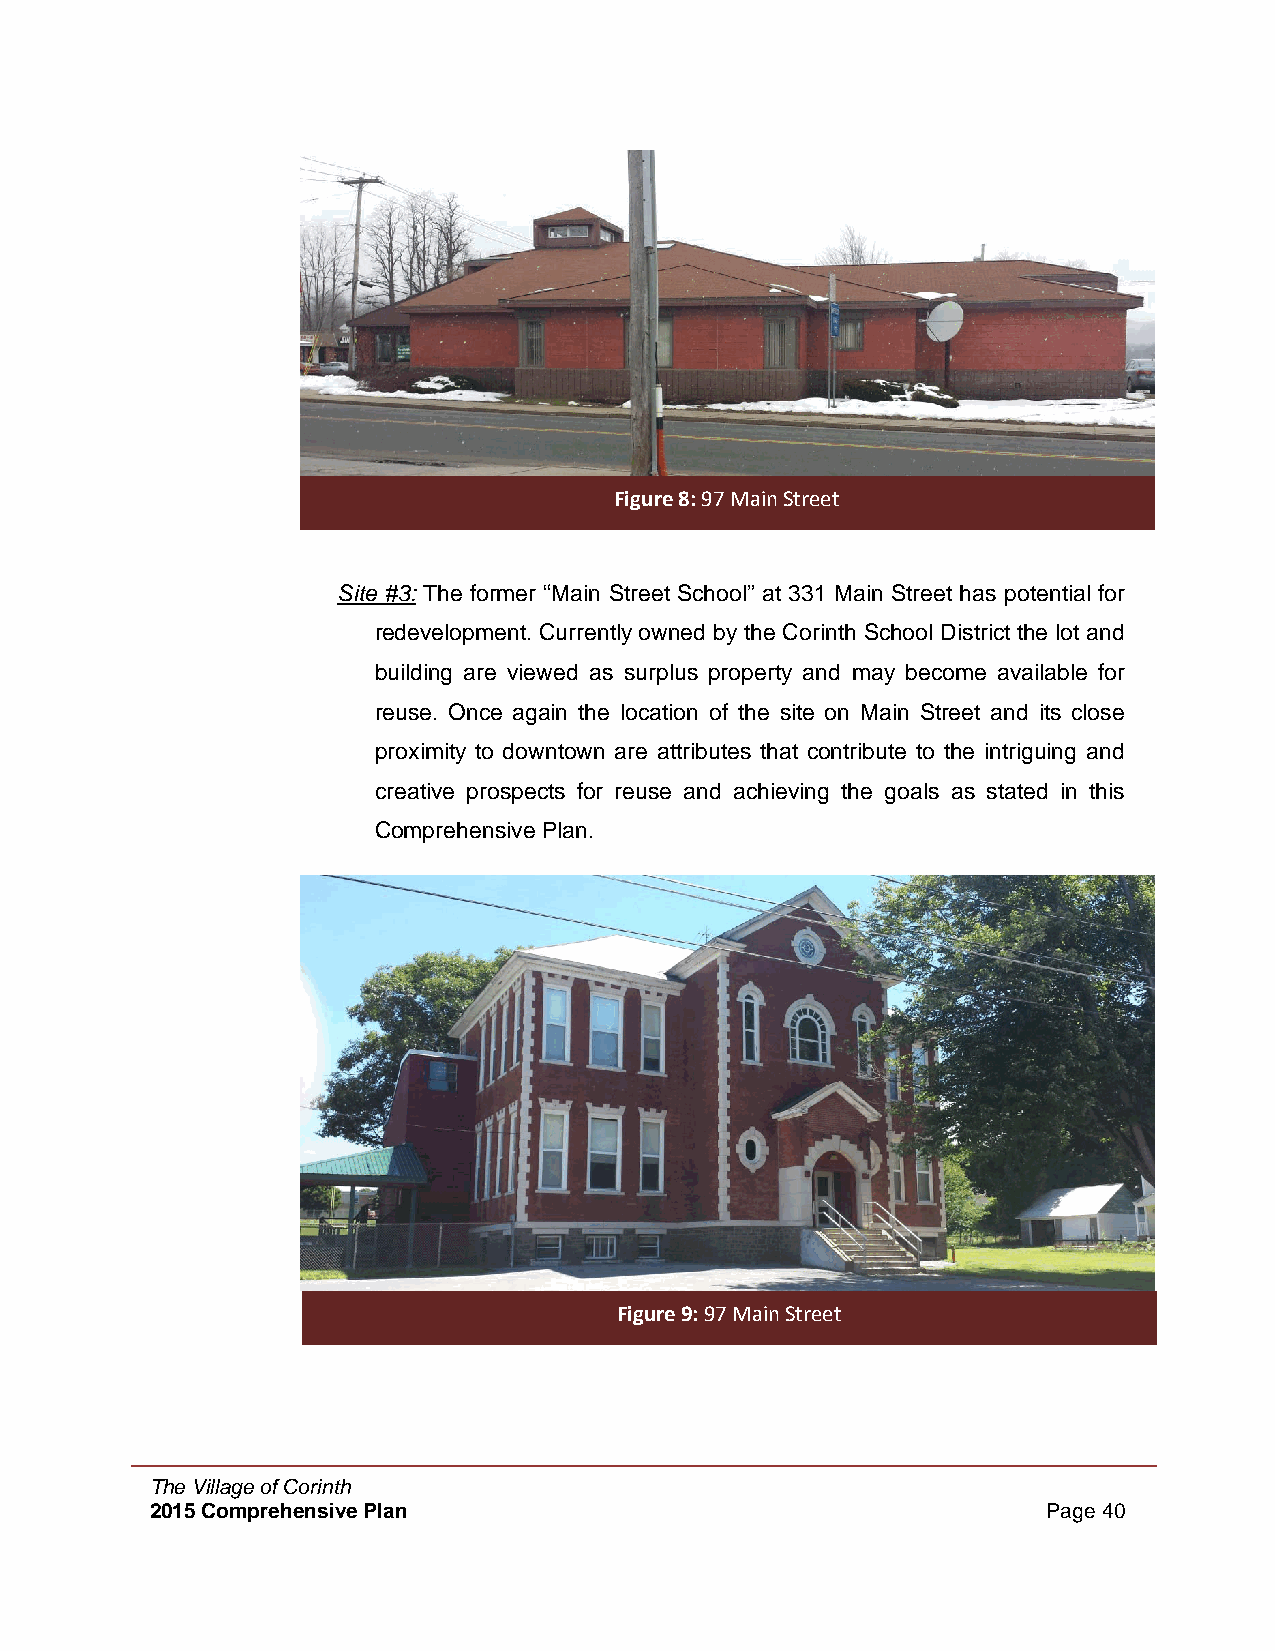
Figure 8: 97 Main Street
 Site #3: The former “Main Street School” at 331 Main Street has potential for
 redevelopment. Currently owned by the Corinth School District the lot and
 building are viewed as surplus property and may become available for
 reuse. Once again the location of the site on Main Street and its close
 proximity to downtown are attributes that contribute to the intriguing and
 creative prospects for reuse and achieving the goals as stated in this
 Comprehensive Plan.
 Figure 9: 97 Main Street
 The Village of Corinth
 2015 Comprehensive Plan                                    Page 40